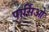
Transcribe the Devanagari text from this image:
पार्सिओ